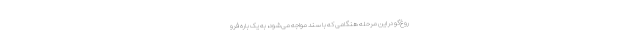
روغ‌گو در این مرحله هنگامی که با سند مواجه می‌شود، به یک باره فرو